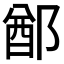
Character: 𨜟